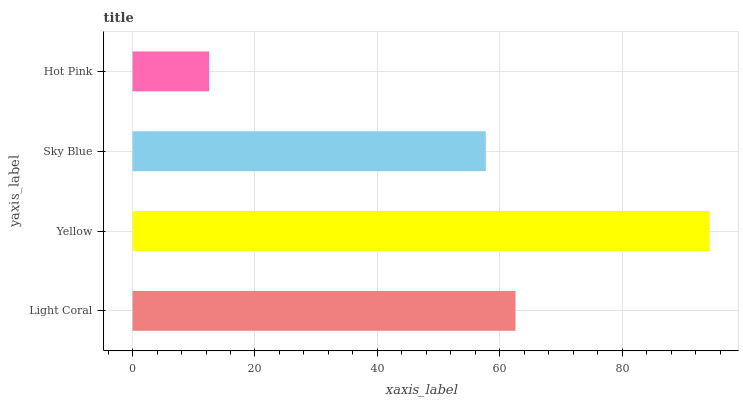
| yaxis_label | bars |
 | --- | --- |
 | Light Coral | 62.5 |
 | Yellow | 94.3 |
 | Sky Blue | 57.7 |
 | Hot Pink | 12.5 |